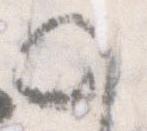
の